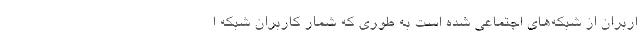
اربران از شبکه‌های اجتماعی شده است به طوری که شمار کاربران شبکه ا